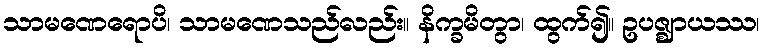
သာမဏေရောပိ၊ သာမဏေသည်လည်း။ နိက္ခမိတွာ၊ ထွက်၍။ ဥပဇ္ဈာယဿ၊